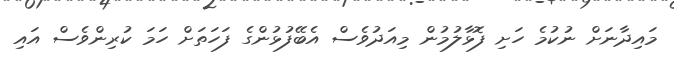
މައިދާނަށް ނުކުމެ ހަށި ފޮޅާލުމުން މިއަދުވެސް އެބޭފުޅުންގެ ފަހަތަށް ހަމަ ކުރިންވެސް އައި